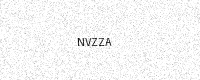
Text: NVZZA